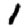
Digit: 1